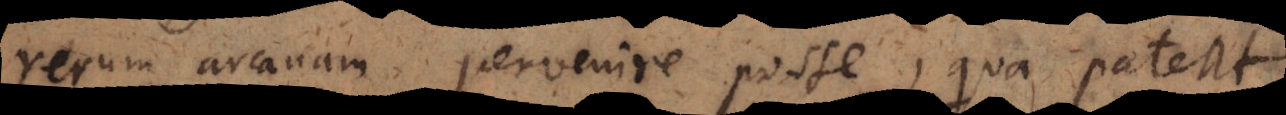
rerum arcanam pervenire posse, qua pateat